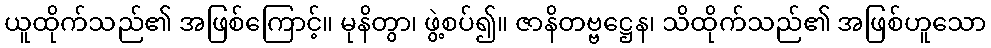
ယူထိုက်သည်၏ အဖြစ်ကြောင့်။ မုနိတွာ၊ ဖွဲ့စပ်၍။ ဇာနိတဗ္ဗဋ္ဌေန၊ သိထိုက်သည်၏ အဖြစ်ဟူသော